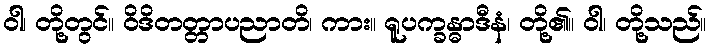
ဝါ၊ တို့တွင်။ ဝိဒိတတ္တာပညာတိ၊ ကား။ ရူပက္ခန္ဓာဒီနံ၊ တို့၏။ ဝါ၊ တို့သည်။